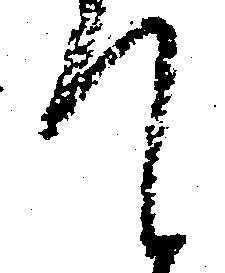
て